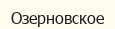
Озерновское